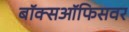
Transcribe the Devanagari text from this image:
बॉक्सऑफिसवर